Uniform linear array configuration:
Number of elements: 32
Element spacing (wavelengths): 0.5
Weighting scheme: kaiser
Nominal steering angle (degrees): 0
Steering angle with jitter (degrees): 0.07839
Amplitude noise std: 0.05
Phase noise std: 0.05

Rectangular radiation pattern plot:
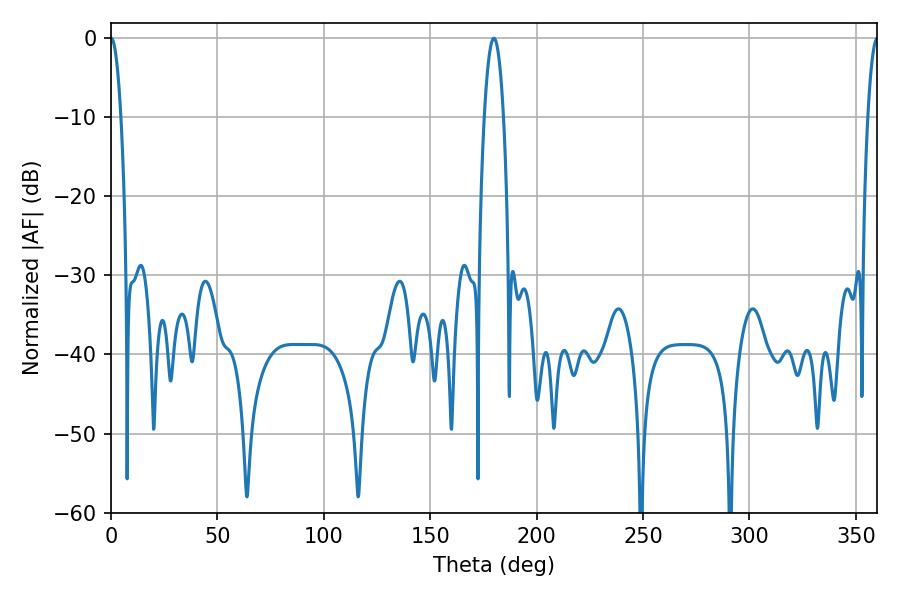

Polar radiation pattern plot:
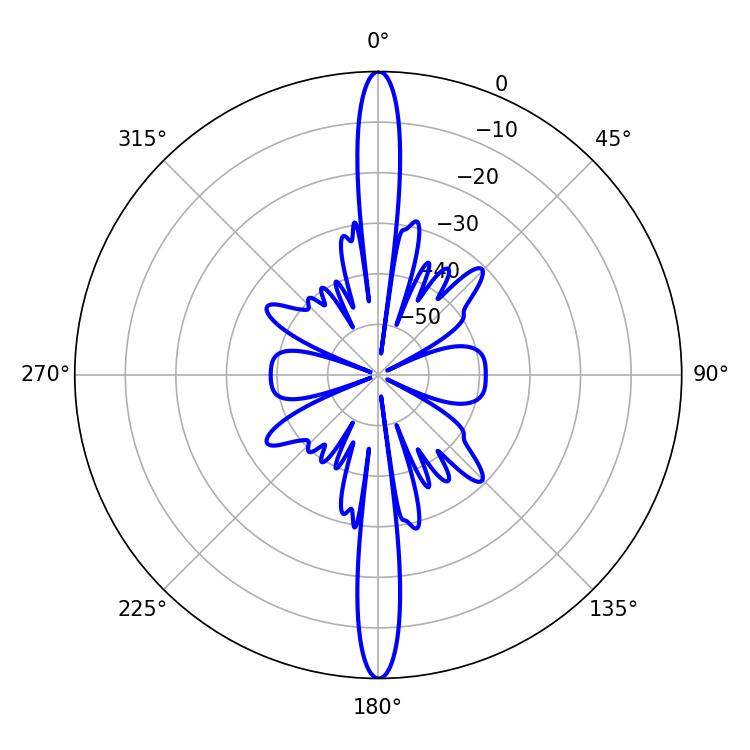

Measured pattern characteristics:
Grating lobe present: FALSE
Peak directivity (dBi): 36.324
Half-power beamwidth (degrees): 2.52
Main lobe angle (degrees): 0.18